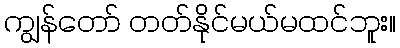
ကျွန်တော် တတ်နိုင်မယ်မထင်ဘူး။